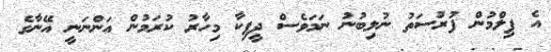
އެ ފިލްމުން ފުރުސަތު ނުލިބުނު ނަމަވެސް ދީޕިކާ މިހާރު ކުރަމުން އަންނަނީ އޭނާގެ